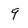
Character: 9